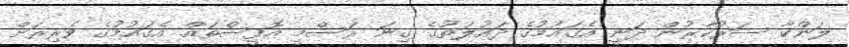
ލަންކާ ސަރުކާރުން ދަނީ އެގައުމުގެ ދައުލަތުގެ ގިނަ ރަސްމީ އޮފީސްތައް އެގައުމުގެ ވެރިރަށް